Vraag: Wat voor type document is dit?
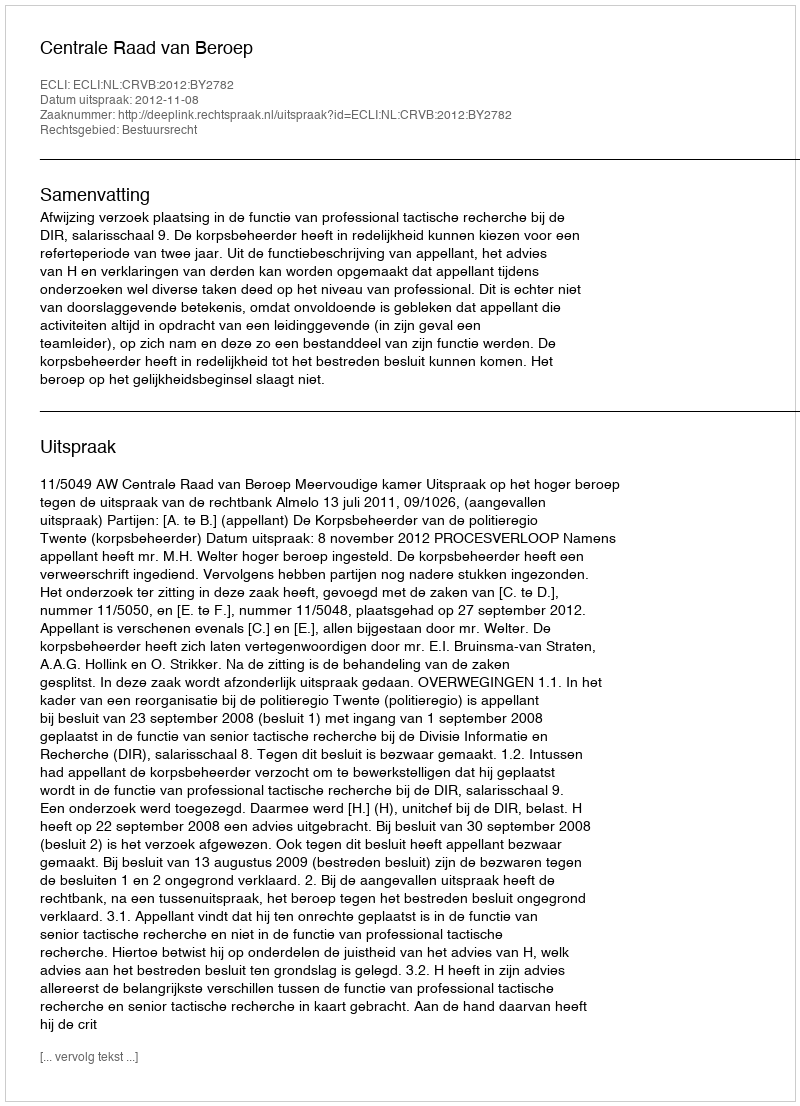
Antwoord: Uitspraak